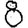
Digit: 8